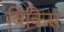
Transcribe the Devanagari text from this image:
विकिस